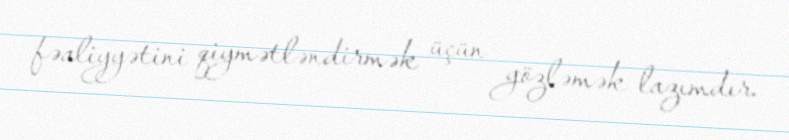
fəaliyyətini qiymətləndirmək üçün gözləmək lazımdır.